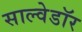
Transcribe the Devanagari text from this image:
साल्वेडॉर